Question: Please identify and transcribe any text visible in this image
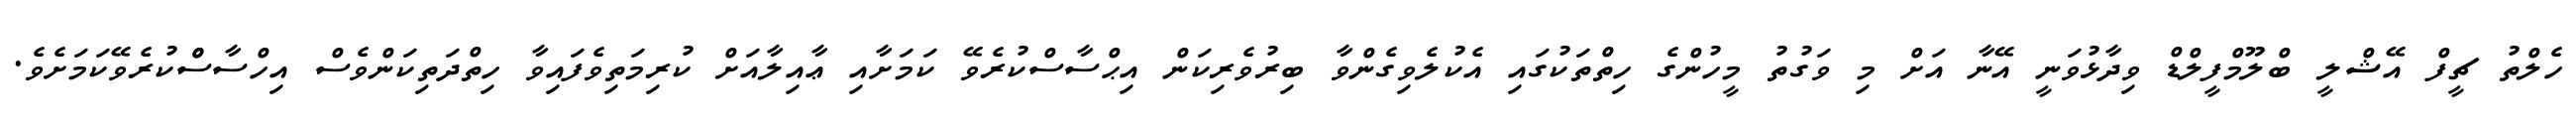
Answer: ހެލްތު ޗީފް އޭޝްލީ ބްލޫމްފީލްޑް ވިދާޅުވަނީ އޭނާ އަށް މި ވަގުތު މީހުންގެ ހިތްތަކުގައި އެކުލެވިގެންވާ ބިރުވެރިކަން އިޙްސާސްކުރެވޭ ކަމަށާއި ޢާއިލާއަށް ކުރިމަތިވެފައިވާ ހިތްދަތިކަންވެސް އިހްސާސްްކުރެވޭކަމަށެވެ.